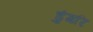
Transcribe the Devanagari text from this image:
डुंगरि